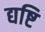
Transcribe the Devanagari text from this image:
द्यष्टि